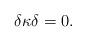
LaTeX: \begin{align*}\delta\kappa\delta=0.\end{align*}